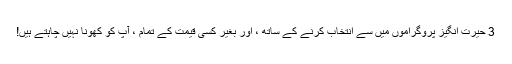
3 حیرت انگیز پروگراموں میں سے انتخاب کرنے کے ساتھ ، اور بغیر کسی قیمت کے تمام ، آپ کو کھونا نہیں چاہتے ہیں!